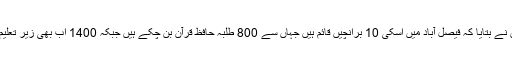
انہوں نے بتایا کہ فیصل آباد میں اسکی 10 برانچیں قائم ہیں جہاں سے 800 طلبہ حافظ قرآن بن چکے ہیں جبکہ 1400 اب بھی زیر تعلیم ہیں۔